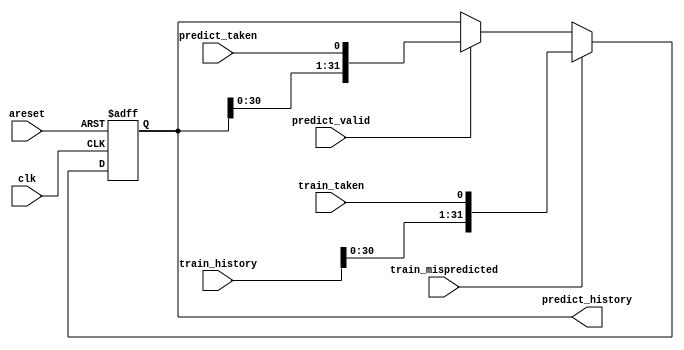
module top_module(
    input clk,
    input areset,

    input predict_valid,
    input predict_taken,
    output [31:0] predict_history,

    input train_mispredicted,
    input train_taken,
    input [31:0] train_history
);
    reg [31:0] predict_history_reg;
    
    always @(posedge clk or posedge areset) begin
        if(areset)
            predict_history_reg <= 32'b0;
        else if(train_mispredicted)
            predict_history_reg <= {train_history[30:0], train_taken};
        else if(predict_valid)
            predict_history_reg <= {predict_history_reg[30:0], predict_taken};
        else
            predict_history_reg <= predict_history_reg;
    end
    
    assign predict_history = predict_history_reg;

endmodule